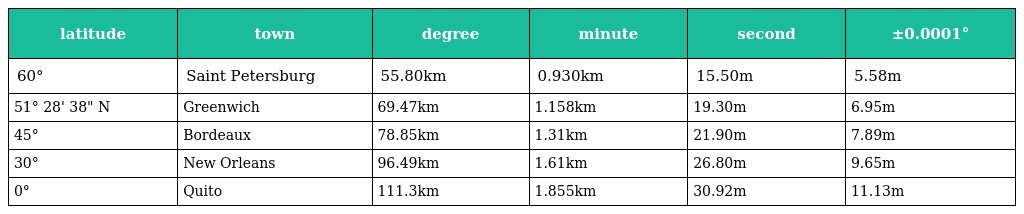
| latitude | town | degree | minute | second | ±0.0001° |
 | --- | --- | --- | --- | --- | --- |
 | 60° | Saint Petersburg | 55.80km | 0.930km | 15.50m | 5.58m |
 | 51° 28' 38" N | Greenwich | 69.47km | 1.158km | 19.30m | 6.95m |
 | 45° | Bordeaux | 78.85km | 1.31km | 21.90m | 7.89m |
 | 30° | New Orleans | 96.49km | 1.61km | 26.80m | 9.65m |
 | 0° | Quito | 111.3km | 1.855km | 30.92m | 11.13m |